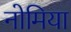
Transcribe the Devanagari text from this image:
नोमिया